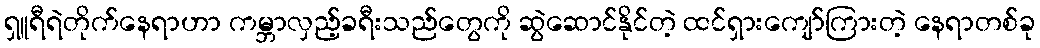
ရှူရီရဲတိုက်နေရာဟာ ကမ္ဘာလှည့်ခရီးသည်တွေကို ဆွဲဆောင်နိုင်တဲ့ ထင်ရှားကျော်ကြားတဲ့ နေရာတစ်ခု